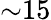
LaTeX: {\sim}15